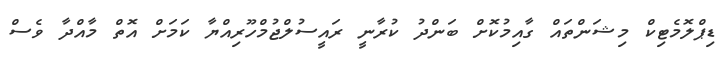
ޑިޕްލޮމެޓިކް މިޝަންތައް ގާއިމުކޮށް ބަންދު ކުރާނީ ރައީސުލްޖުމްހޫރިއްޔާ ކަމަށް އޮތް މާއްދާ ވެސް